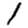
Digit: 1